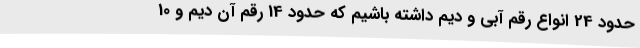
حدود 24 انواع رقم آبی و دیم داشته باشیم که حدود 14 رقم آن دیم و 10